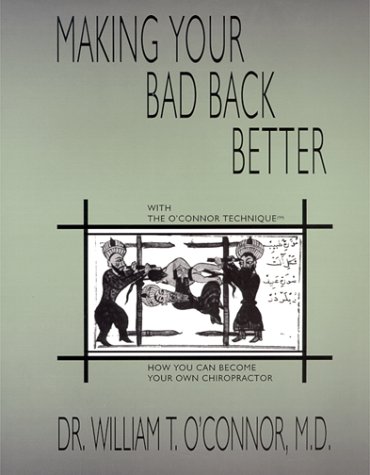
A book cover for Making Your Bad Back Better, with The O'Connor Technique: How You Can Become Your Own Chiropractor; William T. O'Connor; Health, Fitness & Dieting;